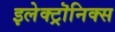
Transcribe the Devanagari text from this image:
इलेक्ट्रॊनिक्स